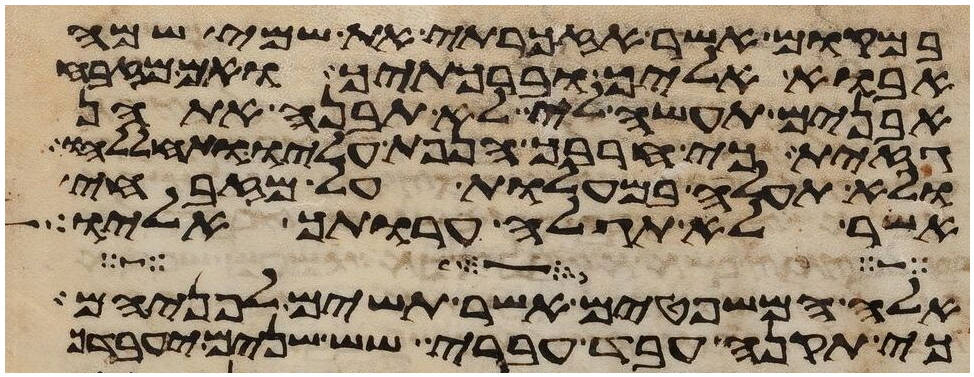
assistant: ובמקום אשר אזכרתי את שמי שמה
אבוא אליך וברכתיך ואם מזבח
אבנים תעשה לי לא תבנה אתהן
גזית כי חרבך הנפת עליו ותחללהו
ולא תעלה במעלות על מזבחי
אשר לא תגלה ערותך אליו
אלה המשפטים אשר תשים לפניהם
כי תקנה עבד עברי שש שנים יעבדך